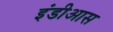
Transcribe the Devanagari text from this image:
इंडीआस